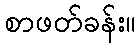
စာဖတ်ခန်း။